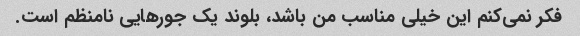
فکر نمی‌کنم این خیلی مناسب من باشد، بلوند یک جورهایی نامنظم است.